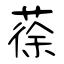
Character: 蒣